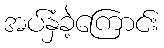
အပ်နှံခဲ့ကြောင်း